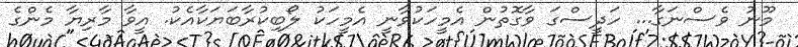
މޫނު ވެސްނަގާ... ހަދީސްގަ ވާގޮތުން އެމީހަކުވާނީ އެމީހަކު ލޯބިކުރާބަޔަކާއެކު. އީވާ މާރިޔާ މެންގެ